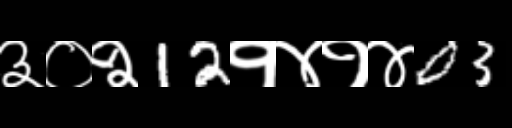
Text: ३०२12१४१४03